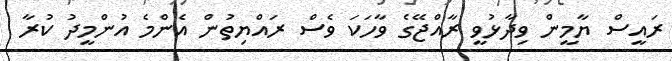
ރައީސް ޔާމީން ވިދާޅުވީ ރާއްޖޭގެ ވާހަކަ ވެސް ރައްޔިތުން އެންމެ އުންމީދު ކުރާ